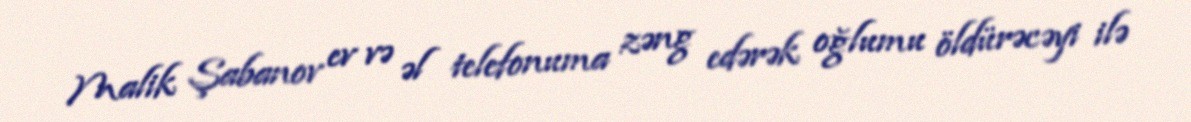
Malik Şabanov ev və əl telefonuma zəng edərək oğlumu öldürəcəyi ilə